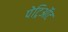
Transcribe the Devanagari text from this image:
पेट्रिऑट